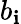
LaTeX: b_{\mathbf{i}}